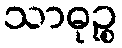
သာဓုဉ္စ